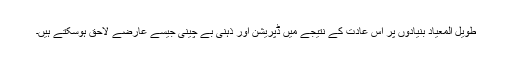
طویل المعیاد بنیادوں پر اس عادت کے نتیجے میں ڈپریشن اور ذہنی بے چینی جیسے عارضے لاحق ہوسکتے ہیں۔